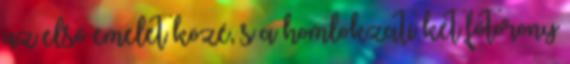
az első emelet közé, s a homlokzati két főtorony